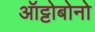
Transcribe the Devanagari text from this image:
ऑट्टोबोनो